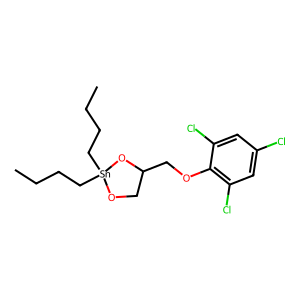
SMILES: CCCC[Sn]1(CCCC)OCC(COc2c(Cl)cc(Cl)cc2Cl)O1
Inhibits HIV replication: No